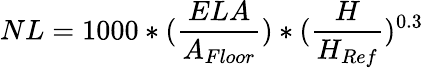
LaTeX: NL=1000*({\frac{ELA}{A_{Floor}}})*({\frac{H}{H_{Ref}}})^{0.3}\,